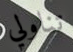
تناولي